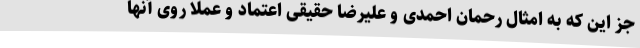
جز این که به امثال رحمان احمدی و علیرضا حقیقی اعتماد و عملا روی آنها